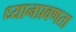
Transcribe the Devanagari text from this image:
ध्यानप्रवणता